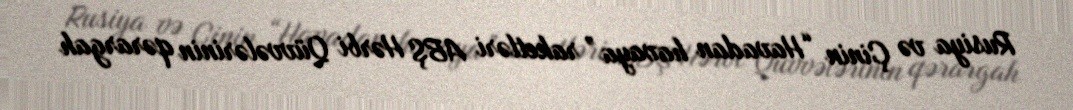
Rusiya və Çinin “Havadan havaya” raketləri ABŞ Hərbi Qüvvələrinin qərargah